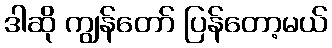
ဒါဆို ကျွန်တော် ပြန်တော့မယ်